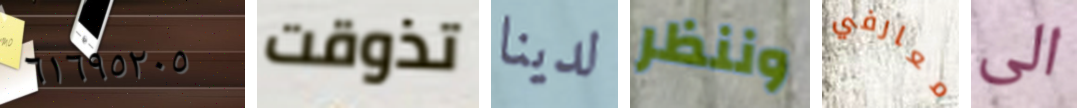
٦١٦٩٥٢٠٥ تذوقت لدينا وننظر معارفي الى